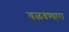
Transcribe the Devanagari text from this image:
वळवण्यारा